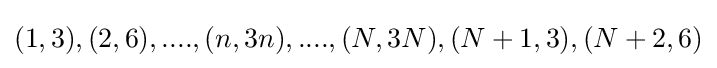
(1,3),(2,6),....,(n,3n),....,(N,3N),(N+1,3),(N+2,6)